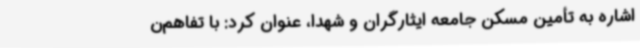
اشاره به تأمین مسکن جامعه ایثارگران و شهدا، عنوان کرد: با تفاهم‌ن